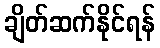
ချိတ်ဆက်နိုင်ရန်